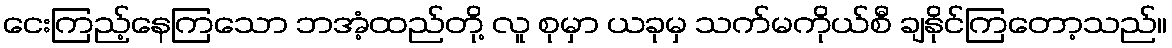
ငေးကြည့်နေကြသော ဘအံ့ထည်တို့ လူ စုမှာ ယခုမှ သက်မကိုယ်စီ ချနိုင်ကြတော့သည်။